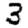
Digit: 3